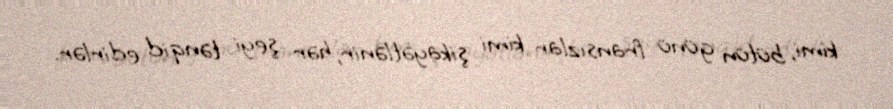
kimi, bütün günü fransızlar kimi şikayətlənir, hər şeyi tənqid edirlər.